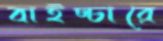
বাইচ্চারে